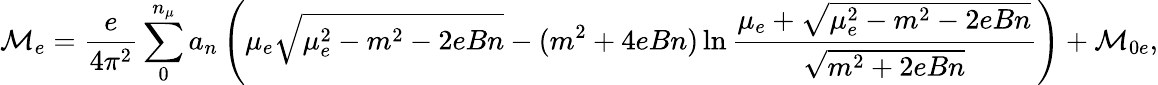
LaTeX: {\cal M}_{e}=\frac{e}{4\pi^{2}}\sum_{0}^{n_{\mu}}a_{n}\left(\mu_{e}\sqrt{\mu_{e}^{2}-m^{2}-2eBn}-(m^{2}+4eBn)\ln\frac{\mu_{e}+\sqrt{\mu_{e}^{2}-m^{2}-2eBn}}{\sqrt{m^{2}+2eBn}}\right)+{\cal M}_{0e},